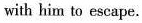
with him to escape.